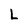
Character: L